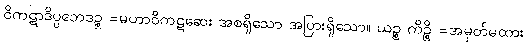
ဝိကဋာဒိပ္ပဘေဒဉ္စ =မဟာဝိကဋဆေး အစရှိသော အပြားရှိသော။ ယဉ္စ ကိဉ္စိ =အမှတ်မထား